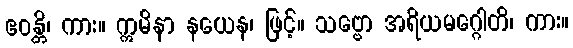
ဧဝန္တိ၊ ကား။ ဣမိနာ နယေန၊ ဖြင့်။ သဗ္ဗော အရိယမဂ္ဂေါတိ၊ ကား။